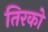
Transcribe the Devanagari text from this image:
तिरको